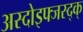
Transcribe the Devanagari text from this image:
अस्दोइफ्जस्द्क्